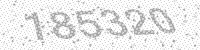
Solution: 185320